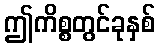
ဤကိစ္စတွင်ခုနှစ်